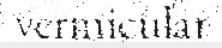
vermicular